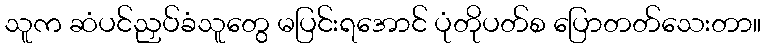
သူက ဆံပင်ညှပ်ခံသူတွေ မပြင်းရအောင် ပုံတိုပတ်စ ပြောတတ်သေးတာ။